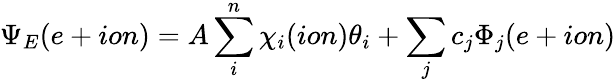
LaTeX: \Psi_{E}(e+ion)=A\sum_{i}^{n}\chi_{i}(ion)\theta_{i}+\sum_{j}c_{j}\Phi_{j}(e+ion)